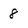
Character: 8